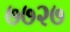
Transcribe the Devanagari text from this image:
७७२७